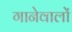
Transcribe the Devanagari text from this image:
गानेवालों